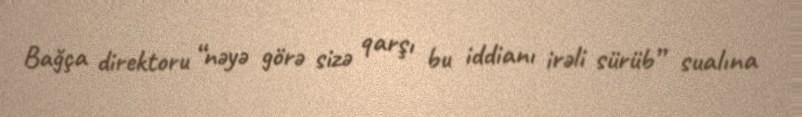
Bağça direktoru “nəyə görə sizə qarşı bu iddianı irəli sürüb” sualına